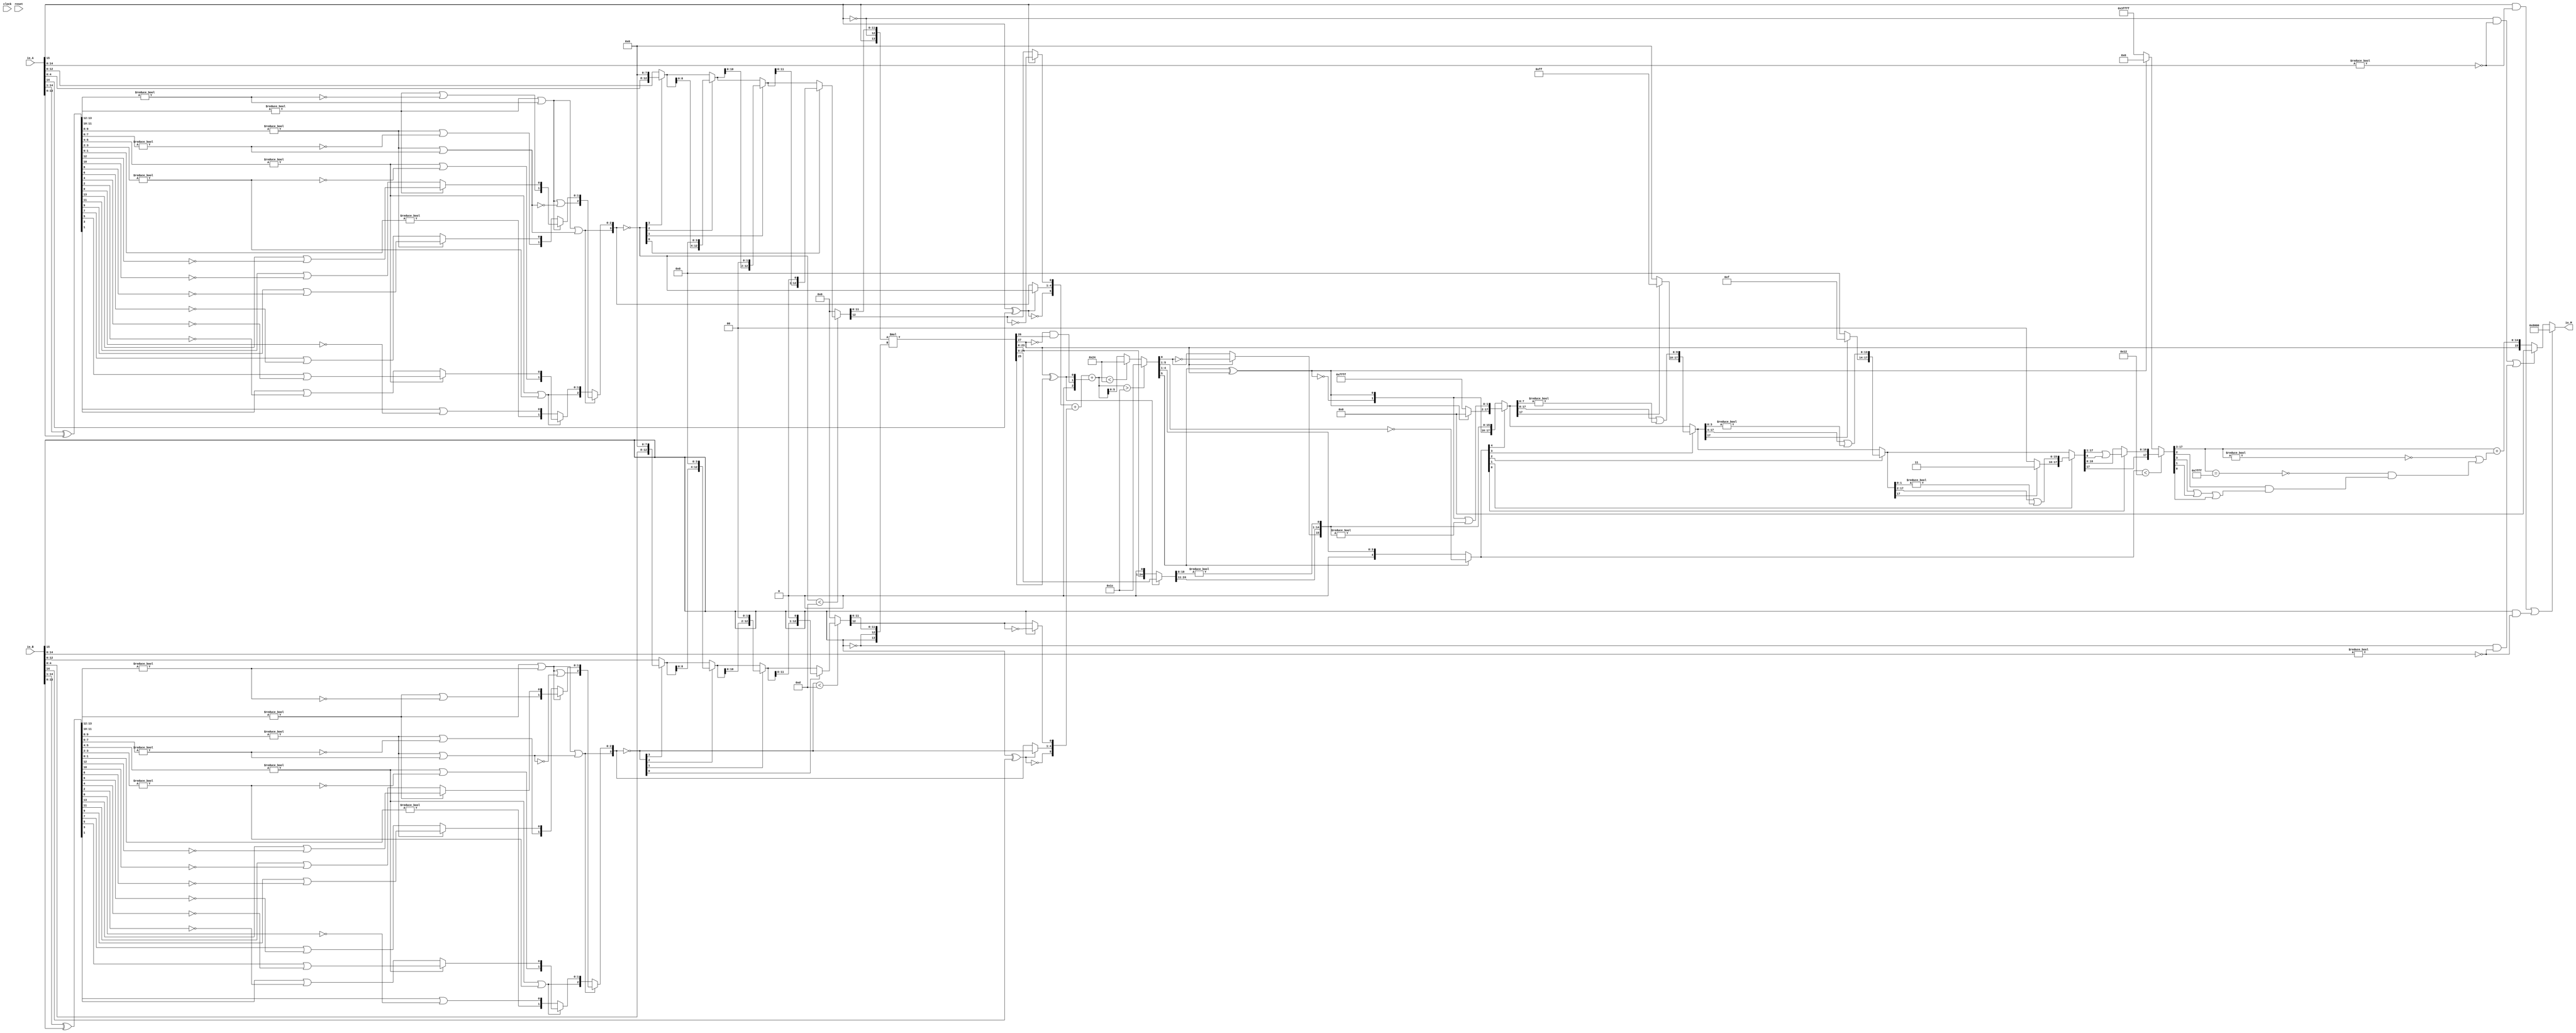
module PositMultiplier16_1(
  input         clock,
  input         reset,
  input  [15:0] io_A,
  input  [15:0] io_B,
  output [15:0] io_M
);
  wire  _T_1; // @[convert.scala 18:24]
  wire  _T_2; // @[convert.scala 18:40]
  wire  _T_3; // @[convert.scala 18:36]
  wire [13:0] _T_4; // @[convert.scala 19:24]
  wire [13:0] _T_5; // @[convert.scala 19:43]
  wire [13:0] _T_6; // @[convert.scala 19:39]
  wire [7:0] _T_7; // @[LZD.scala 43:32]
  wire [3:0] _T_8; // @[LZD.scala 43:32]
  wire [1:0] _T_9; // @[LZD.scala 43:32]
  wire  _T_10; // @[LZD.scala 39:14]
  wire  _T_11; // @[LZD.scala 39:21]
  wire  _T_12; // @[LZD.scala 39:30]
  wire  _T_13; // @[LZD.scala 39:27]
  wire  _T_14; // @[LZD.scala 39:25]
  wire [1:0] _T_15; // @[Cat.scala 29:58]
  wire [1:0] _T_16; // @[LZD.scala 44:32]
  wire  _T_17; // @[LZD.scala 39:14]
  wire  _T_18; // @[LZD.scala 39:21]
  wire  _T_19; // @[LZD.scala 39:30]
  wire  _T_20; // @[LZD.scala 39:27]
  wire  _T_21; // @[LZD.scala 39:25]
  wire [1:0] _T_22; // @[Cat.scala 29:58]
  wire  _T_23; // @[Shift.scala 12:21]
  wire  _T_24; // @[Shift.scala 12:21]
  wire  _T_25; // @[LZD.scala 49:16]
  wire  _T_26; // @[LZD.scala 49:27]
  wire  _T_27; // @[LZD.scala 49:25]
  wire  _T_28; // @[LZD.scala 49:47]
  wire  _T_29; // @[LZD.scala 49:59]
  wire  _T_30; // @[LZD.scala 49:35]
  wire [2:0] _T_32; // @[Cat.scala 29:58]
  wire [3:0] _T_33; // @[LZD.scala 44:32]
  wire [1:0] _T_34; // @[LZD.scala 43:32]
  wire  _T_35; // @[LZD.scala 39:14]
  wire  _T_36; // @[LZD.scala 39:21]
  wire  _T_37; // @[LZD.scala 39:30]
  wire  _T_38; // @[LZD.scala 39:27]
  wire  _T_39; // @[LZD.scala 39:25]
  wire [1:0] _T_40; // @[Cat.scala 29:58]
  wire [1:0] _T_41; // @[LZD.scala 44:32]
  wire  _T_42; // @[LZD.scala 39:14]
  wire  _T_43; // @[LZD.scala 39:21]
  wire  _T_44; // @[LZD.scala 39:30]
  wire  _T_45; // @[LZD.scala 39:27]
  wire  _T_46; // @[LZD.scala 39:25]
  wire [1:0] _T_47; // @[Cat.scala 29:58]
  wire  _T_48; // @[Shift.scala 12:21]
  wire  _T_49; // @[Shift.scala 12:21]
  wire  _T_50; // @[LZD.scala 49:16]
  wire  _T_51; // @[LZD.scala 49:27]
  wire  _T_52; // @[LZD.scala 49:25]
  wire  _T_53; // @[LZD.scala 49:47]
  wire  _T_54; // @[LZD.scala 49:59]
  wire  _T_55; // @[LZD.scala 49:35]
  wire [2:0] _T_57; // @[Cat.scala 29:58]
  wire  _T_58; // @[Shift.scala 12:21]
  wire  _T_59; // @[Shift.scala 12:21]
  wire  _T_60; // @[LZD.scala 49:16]
  wire  _T_61; // @[LZD.scala 49:27]
  wire  _T_62; // @[LZD.scala 49:25]
  wire [1:0] _T_63; // @[LZD.scala 49:47]
  wire [1:0] _T_64; // @[LZD.scala 49:59]
  wire [1:0] _T_65; // @[LZD.scala 49:35]
  wire [3:0] _T_67; // @[Cat.scala 29:58]
  wire [5:0] _T_68; // @[LZD.scala 44:32]
  wire [3:0] _T_69; // @[LZD.scala 43:32]
  wire [1:0] _T_70; // @[LZD.scala 43:32]
  wire  _T_71; // @[LZD.scala 39:14]
  wire  _T_72; // @[LZD.scala 39:21]
  wire  _T_73; // @[LZD.scala 39:30]
  wire  _T_74; // @[LZD.scala 39:27]
  wire  _T_75; // @[LZD.scala 39:25]
  wire [1:0] _T_76; // @[Cat.scala 29:58]
  wire [1:0] _T_77; // @[LZD.scala 44:32]
  wire  _T_78; // @[LZD.scala 39:14]
  wire  _T_79; // @[LZD.scala 39:21]
  wire  _T_80; // @[LZD.scala 39:30]
  wire  _T_81; // @[LZD.scala 39:27]
  wire  _T_82; // @[LZD.scala 39:25]
  wire [1:0] _T_83; // @[Cat.scala 29:58]
  wire  _T_84; // @[Shift.scala 12:21]
  wire  _T_85; // @[Shift.scala 12:21]
  wire  _T_86; // @[LZD.scala 49:16]
  wire  _T_87; // @[LZD.scala 49:27]
  wire  _T_88; // @[LZD.scala 49:25]
  wire  _T_89; // @[LZD.scala 49:47]
  wire  _T_90; // @[LZD.scala 49:59]
  wire  _T_91; // @[LZD.scala 49:35]
  wire [2:0] _T_93; // @[Cat.scala 29:58]
  wire [1:0] _T_94; // @[LZD.scala 44:32]
  wire  _T_95; // @[LZD.scala 39:14]
  wire  _T_96; // @[LZD.scala 39:21]
  wire  _T_97; // @[LZD.scala 39:30]
  wire  _T_98; // @[LZD.scala 39:27]
  wire  _T_99; // @[LZD.scala 39:25]
  wire [1:0] _T_100; // @[Cat.scala 29:58]
  wire  _T_101; // @[Shift.scala 12:21]
  wire [1:0] _T_103; // @[LZD.scala 55:32]
  wire [1:0] _T_104; // @[LZD.scala 55:20]
  wire [2:0] _T_105; // @[Cat.scala 29:58]
  wire  _T_106; // @[Shift.scala 12:21]
  wire [2:0] _T_108; // @[LZD.scala 55:32]
  wire [2:0] _T_109; // @[LZD.scala 55:20]
  wire [3:0] _T_110; // @[Cat.scala 29:58]
  wire [3:0] _T_111; // @[convert.scala 21:22]
  wire [12:0] _T_112; // @[convert.scala 22:36]
  wire  _T_113; // @[Shift.scala 16:24]
  wire  _T_115; // @[Shift.scala 12:21]
  wire [4:0] _T_116; // @[Shift.scala 64:52]
  wire [12:0] _T_118; // @[Cat.scala 29:58]
  wire [12:0] _T_119; // @[Shift.scala 64:27]
  wire [2:0] _T_120; // @[Shift.scala 66:70]
  wire  _T_121; // @[Shift.scala 12:21]
  wire [8:0] _T_122; // @[Shift.scala 64:52]
  wire [12:0] _T_124; // @[Cat.scala 29:58]
  wire [12:0] _T_125; // @[Shift.scala 64:27]
  wire [1:0] _T_126; // @[Shift.scala 66:70]
  wire  _T_127; // @[Shift.scala 12:21]
  wire [10:0] _T_128; // @[Shift.scala 64:52]
  wire [12:0] _T_130; // @[Cat.scala 29:58]
  wire [12:0] _T_131; // @[Shift.scala 64:27]
  wire  _T_132; // @[Shift.scala 66:70]
  wire [11:0] _T_134; // @[Shift.scala 64:52]
  wire [12:0] _T_135; // @[Cat.scala 29:58]
  wire [12:0] _T_136; // @[Shift.scala 64:27]
  wire [12:0] _T_137; // @[Shift.scala 16:10]
  wire  _T_138; // @[convert.scala 23:34]
  wire [11:0] decA_fraction; // @[convert.scala 24:34]
  wire  _T_140; // @[convert.scala 25:26]
  wire [3:0] _T_142; // @[convert.scala 25:42]
  wire  _T_145; // @[convert.scala 26:67]
  wire  _T_146; // @[convert.scala 26:51]
  wire [5:0] _T_147; // @[Cat.scala 29:58]
  wire [14:0] _T_149; // @[convert.scala 29:56]
  wire  _T_150; // @[convert.scala 29:60]
  wire  _T_151; // @[convert.scala 29:41]
  wire  decA_isNaR; // @[convert.scala 29:39]
  wire  _T_154; // @[convert.scala 30:19]
  wire  decA_isZero; // @[convert.scala 30:41]
  wire [5:0] decA_scale; // @[convert.scala 32:24]
  wire  _T_163; // @[convert.scala 18:24]
  wire  _T_164; // @[convert.scala 18:40]
  wire  _T_165; // @[convert.scala 18:36]
  wire [13:0] _T_166; // @[convert.scala 19:24]
  wire [13:0] _T_167; // @[convert.scala 19:43]
  wire [13:0] _T_168; // @[convert.scala 19:39]
  wire [7:0] _T_169; // @[LZD.scala 43:32]
  wire [3:0] _T_170; // @[LZD.scala 43:32]
  wire [1:0] _T_171; // @[LZD.scala 43:32]
  wire  _T_172; // @[LZD.scala 39:14]
  wire  _T_173; // @[LZD.scala 39:21]
  wire  _T_174; // @[LZD.scala 39:30]
  wire  _T_175; // @[LZD.scala 39:27]
  wire  _T_176; // @[LZD.scala 39:25]
  wire [1:0] _T_177; // @[Cat.scala 29:58]
  wire [1:0] _T_178; // @[LZD.scala 44:32]
  wire  _T_179; // @[LZD.scala 39:14]
  wire  _T_180; // @[LZD.scala 39:21]
  wire  _T_181; // @[LZD.scala 39:30]
  wire  _T_182; // @[LZD.scala 39:27]
  wire  _T_183; // @[LZD.scala 39:25]
  wire [1:0] _T_184; // @[Cat.scala 29:58]
  wire  _T_185; // @[Shift.scala 12:21]
  wire  _T_186; // @[Shift.scala 12:21]
  wire  _T_187; // @[LZD.scala 49:16]
  wire  _T_188; // @[LZD.scala 49:27]
  wire  _T_189; // @[LZD.scala 49:25]
  wire  _T_190; // @[LZD.scala 49:47]
  wire  _T_191; // @[LZD.scala 49:59]
  wire  _T_192; // @[LZD.scala 49:35]
  wire [2:0] _T_194; // @[Cat.scala 29:58]
  wire [3:0] _T_195; // @[LZD.scala 44:32]
  wire [1:0] _T_196; // @[LZD.scala 43:32]
  wire  _T_197; // @[LZD.scala 39:14]
  wire  _T_198; // @[LZD.scala 39:21]
  wire  _T_199; // @[LZD.scala 39:30]
  wire  _T_200; // @[LZD.scala 39:27]
  wire  _T_201; // @[LZD.scala 39:25]
  wire [1:0] _T_202; // @[Cat.scala 29:58]
  wire [1:0] _T_203; // @[LZD.scala 44:32]
  wire  _T_204; // @[LZD.scala 39:14]
  wire  _T_205; // @[LZD.scala 39:21]
  wire  _T_206; // @[LZD.scala 39:30]
  wire  _T_207; // @[LZD.scala 39:27]
  wire  _T_208; // @[LZD.scala 39:25]
  wire [1:0] _T_209; // @[Cat.scala 29:58]
  wire  _T_210; // @[Shift.scala 12:21]
  wire  _T_211; // @[Shift.scala 12:21]
  wire  _T_212; // @[LZD.scala 49:16]
  wire  _T_213; // @[LZD.scala 49:27]
  wire  _T_214; // @[LZD.scala 49:25]
  wire  _T_215; // @[LZD.scala 49:47]
  wire  _T_216; // @[LZD.scala 49:59]
  wire  _T_217; // @[LZD.scala 49:35]
  wire [2:0] _T_219; // @[Cat.scala 29:58]
  wire  _T_220; // @[Shift.scala 12:21]
  wire  _T_221; // @[Shift.scala 12:21]
  wire  _T_222; // @[LZD.scala 49:16]
  wire  _T_223; // @[LZD.scala 49:27]
  wire  _T_224; // @[LZD.scala 49:25]
  wire [1:0] _T_225; // @[LZD.scala 49:47]
  wire [1:0] _T_226; // @[LZD.scala 49:59]
  wire [1:0] _T_227; // @[LZD.scala 49:35]
  wire [3:0] _T_229; // @[Cat.scala 29:58]
  wire [5:0] _T_230; // @[LZD.scala 44:32]
  wire [3:0] _T_231; // @[LZD.scala 43:32]
  wire [1:0] _T_232; // @[LZD.scala 43:32]
  wire  _T_233; // @[LZD.scala 39:14]
  wire  _T_234; // @[LZD.scala 39:21]
  wire  _T_235; // @[LZD.scala 39:30]
  wire  _T_236; // @[LZD.scala 39:27]
  wire  _T_237; // @[LZD.scala 39:25]
  wire [1:0] _T_238; // @[Cat.scala 29:58]
  wire [1:0] _T_239; // @[LZD.scala 44:32]
  wire  _T_240; // @[LZD.scala 39:14]
  wire  _T_241; // @[LZD.scala 39:21]
  wire  _T_242; // @[LZD.scala 39:30]
  wire  _T_243; // @[LZD.scala 39:27]
  wire  _T_244; // @[LZD.scala 39:25]
  wire [1:0] _T_245; // @[Cat.scala 29:58]
  wire  _T_246; // @[Shift.scala 12:21]
  wire  _T_247; // @[Shift.scala 12:21]
  wire  _T_248; // @[LZD.scala 49:16]
  wire  _T_249; // @[LZD.scala 49:27]
  wire  _T_250; // @[LZD.scala 49:25]
  wire  _T_251; // @[LZD.scala 49:47]
  wire  _T_252; // @[LZD.scala 49:59]
  wire  _T_253; // @[LZD.scala 49:35]
  wire [2:0] _T_255; // @[Cat.scala 29:58]
  wire [1:0] _T_256; // @[LZD.scala 44:32]
  wire  _T_257; // @[LZD.scala 39:14]
  wire  _T_258; // @[LZD.scala 39:21]
  wire  _T_259; // @[LZD.scala 39:30]
  wire  _T_260; // @[LZD.scala 39:27]
  wire  _T_261; // @[LZD.scala 39:25]
  wire [1:0] _T_262; // @[Cat.scala 29:58]
  wire  _T_263; // @[Shift.scala 12:21]
  wire [1:0] _T_265; // @[LZD.scala 55:32]
  wire [1:0] _T_266; // @[LZD.scala 55:20]
  wire [2:0] _T_267; // @[Cat.scala 29:58]
  wire  _T_268; // @[Shift.scala 12:21]
  wire [2:0] _T_270; // @[LZD.scala 55:32]
  wire [2:0] _T_271; // @[LZD.scala 55:20]
  wire [3:0] _T_272; // @[Cat.scala 29:58]
  wire [3:0] _T_273; // @[convert.scala 21:22]
  wire [12:0] _T_274; // @[convert.scala 22:36]
  wire  _T_275; // @[Shift.scala 16:24]
  wire  _T_277; // @[Shift.scala 12:21]
  wire [4:0] _T_278; // @[Shift.scala 64:52]
  wire [12:0] _T_280; // @[Cat.scala 29:58]
  wire [12:0] _T_281; // @[Shift.scala 64:27]
  wire [2:0] _T_282; // @[Shift.scala 66:70]
  wire  _T_283; // @[Shift.scala 12:21]
  wire [8:0] _T_284; // @[Shift.scala 64:52]
  wire [12:0] _T_286; // @[Cat.scala 29:58]
  wire [12:0] _T_287; // @[Shift.scala 64:27]
  wire [1:0] _T_288; // @[Shift.scala 66:70]
  wire  _T_289; // @[Shift.scala 12:21]
  wire [10:0] _T_290; // @[Shift.scala 64:52]
  wire [12:0] _T_292; // @[Cat.scala 29:58]
  wire [12:0] _T_293; // @[Shift.scala 64:27]
  wire  _T_294; // @[Shift.scala 66:70]
  wire [11:0] _T_296; // @[Shift.scala 64:52]
  wire [12:0] _T_297; // @[Cat.scala 29:58]
  wire [12:0] _T_298; // @[Shift.scala 64:27]
  wire [12:0] _T_299; // @[Shift.scala 16:10]
  wire  _T_300; // @[convert.scala 23:34]
  wire [11:0] decB_fraction; // @[convert.scala 24:34]
  wire  _T_302; // @[convert.scala 25:26]
  wire [3:0] _T_304; // @[convert.scala 25:42]
  wire  _T_307; // @[convert.scala 26:67]
  wire  _T_308; // @[convert.scala 26:51]
  wire [5:0] _T_309; // @[Cat.scala 29:58]
  wire [14:0] _T_311; // @[convert.scala 29:56]
  wire  _T_312; // @[convert.scala 29:60]
  wire  _T_313; // @[convert.scala 29:41]
  wire  decB_isNaR; // @[convert.scala 29:39]
  wire  _T_316; // @[convert.scala 30:19]
  wire  decB_isZero; // @[convert.scala 30:41]
  wire [5:0] decB_scale; // @[convert.scala 32:24]
  wire  _T_324; // @[PositMultiplier.scala 43:34]
  wire [13:0] _T_326; // @[Cat.scala 29:58]
  wire [13:0] sigA; // @[PositMultiplier.scala 43:61]
  wire  _T_327; // @[PositMultiplier.scala 44:34]
  wire [13:0] _T_329; // @[Cat.scala 29:58]
  wire [13:0] sigB; // @[PositMultiplier.scala 44:61]
  wire [27:0] _T_330; // @[PositMultiplier.scala 45:25]
  wire [27:0] sigP; // @[PositMultiplier.scala 45:33]
  wire [1:0] head2; // @[PositMultiplier.scala 46:28]
  wire  _T_331; // @[PositMultiplier.scala 47:31]
  wire  _T_332; // @[PositMultiplier.scala 47:25]
  wire  _T_333; // @[PositMultiplier.scala 47:42]
  wire  addTwo; // @[PositMultiplier.scala 47:35]
  wire  _T_334; // @[PositMultiplier.scala 49:23]
  wire  _T_335; // @[PositMultiplier.scala 49:49]
  wire  addOne; // @[PositMultiplier.scala 49:43]
  wire [1:0] _T_336; // @[Cat.scala 29:58]
  wire [2:0] expBias; // @[PositMultiplier.scala 50:39]
  wire [24:0] _T_337; // @[PositMultiplier.scala 53:81]
  wire [23:0] _T_338; // @[PositMultiplier.scala 54:81]
  wire [24:0] _T_339; // @[PositMultiplier.scala 54:104]
  wire [24:0] frac; // @[PositMultiplier.scala 51:22]
  wire [6:0] _T_340; // @[PositMultiplier.scala 56:30]
  wire [6:0] _GEN_0; // @[PositMultiplier.scala 56:44]
  wire [6:0] _T_342; // @[PositMultiplier.scala 56:44]
  wire [6:0] mulScale; // @[PositMultiplier.scala 56:44]
  wire  underflow; // @[PositMultiplier.scala 57:28]
  wire  overflow; // @[PositMultiplier.scala 58:28]
  wire  decM_sign; // @[PositMultiplier.scala 62:29]
  wire [6:0] _T_345; // @[Mux.scala 87:16]
  wire [6:0] _T_346; // @[Mux.scala 87:16]
  wire [11:0] decM_fraction; // @[PositMultiplier.scala 70:29]
  wire  decM_isNaR; // @[PositMultiplier.scala 71:31]
  wire  decM_isZero; // @[PositMultiplier.scala 72:32]
  wire [12:0] grsTmp; // @[PositMultiplier.scala 75:30]
  wire [1:0] _T_350; // @[PositMultiplier.scala 78:32]
  wire [10:0] _T_351; // @[PositMultiplier.scala 78:48]
  wire  _T_352; // @[PositMultiplier.scala 78:52]
  wire [5:0] _GEN_1; // @[PositMultiplier.scala 60:23 PositMultiplier.scala 63:17]
  wire [5:0] decM_scale; // @[PositMultiplier.scala 60:23 PositMultiplier.scala 63:17]
  wire  _T_355; // @[convert.scala 46:61]
  wire  _T_356; // @[convert.scala 46:52]
  wire  _T_358; // @[convert.scala 46:42]
  wire [4:0] _T_359; // @[convert.scala 48:34]
  wire  _T_360; // @[convert.scala 49:36]
  wire [4:0] _T_362; // @[convert.scala 50:36]
  wire [4:0] _T_363; // @[convert.scala 50:36]
  wire [4:0] _T_364; // @[convert.scala 50:28]
  wire  _T_365; // @[convert.scala 51:31]
  wire  _T_366; // @[convert.scala 52:43]
  wire [17:0] _T_370; // @[Cat.scala 29:58]
  wire [4:0] _T_371; // @[Shift.scala 39:17]
  wire  _T_372; // @[Shift.scala 39:24]
  wire [1:0] _T_374; // @[Shift.scala 90:30]
  wire [15:0] _T_375; // @[Shift.scala 90:48]
  wire  _T_376; // @[Shift.scala 90:57]
  wire [1:0] _GEN_2; // @[Shift.scala 90:39]
  wire [1:0] _T_377; // @[Shift.scala 90:39]
  wire  _T_378; // @[Shift.scala 12:21]
  wire  _T_379; // @[Shift.scala 12:21]
  wire [15:0] _T_381; // @[Bitwise.scala 71:12]
  wire [17:0] _T_382; // @[Cat.scala 29:58]
  wire [17:0] _T_383; // @[Shift.scala 91:22]
  wire [3:0] _T_384; // @[Shift.scala 92:77]
  wire [9:0] _T_385; // @[Shift.scala 90:30]
  wire [7:0] _T_386; // @[Shift.scala 90:48]
  wire  _T_387; // @[Shift.scala 90:57]
  wire [9:0] _GEN_3; // @[Shift.scala 90:39]
  wire [9:0] _T_388; // @[Shift.scala 90:39]
  wire  _T_389; // @[Shift.scala 12:21]
  wire  _T_390; // @[Shift.scala 12:21]
  wire [7:0] _T_392; // @[Bitwise.scala 71:12]
  wire [17:0] _T_393; // @[Cat.scala 29:58]
  wire [17:0] _T_394; // @[Shift.scala 91:22]
  wire [2:0] _T_395; // @[Shift.scala 92:77]
  wire [13:0] _T_396; // @[Shift.scala 90:30]
  wire [3:0] _T_397; // @[Shift.scala 90:48]
  wire  _T_398; // @[Shift.scala 90:57]
  wire [13:0] _GEN_4; // @[Shift.scala 90:39]
  wire [13:0] _T_399; // @[Shift.scala 90:39]
  wire  _T_400; // @[Shift.scala 12:21]
  wire  _T_401; // @[Shift.scala 12:21]
  wire [3:0] _T_403; // @[Bitwise.scala 71:12]
  wire [17:0] _T_404; // @[Cat.scala 29:58]
  wire [17:0] _T_405; // @[Shift.scala 91:22]
  wire [1:0] _T_406; // @[Shift.scala 92:77]
  wire [15:0] _T_407; // @[Shift.scala 90:30]
  wire [1:0] _T_408; // @[Shift.scala 90:48]
  wire  _T_409; // @[Shift.scala 90:57]
  wire [15:0] _GEN_5; // @[Shift.scala 90:39]
  wire [15:0] _T_410; // @[Shift.scala 90:39]
  wire  _T_411; // @[Shift.scala 12:21]
  wire  _T_412; // @[Shift.scala 12:21]
  wire [1:0] _T_414; // @[Bitwise.scala 71:12]
  wire [17:0] _T_415; // @[Cat.scala 29:58]
  wire [17:0] _T_416; // @[Shift.scala 91:22]
  wire  _T_417; // @[Shift.scala 92:77]
  wire [16:0] _T_418; // @[Shift.scala 90:30]
  wire  _T_419; // @[Shift.scala 90:48]
  wire [16:0] _GEN_6; // @[Shift.scala 90:39]
  wire [16:0] _T_421; // @[Shift.scala 90:39]
  wire  _T_423; // @[Shift.scala 12:21]
  wire [17:0] _T_424; // @[Cat.scala 29:58]
  wire [17:0] _T_425; // @[Shift.scala 91:22]
  wire [17:0] _T_428; // @[Bitwise.scala 71:12]
  wire [17:0] _T_429; // @[Shift.scala 39:10]
  wire  _T_430; // @[convert.scala 55:31]
  wire  _T_431; // @[convert.scala 56:31]
  wire  _T_432; // @[convert.scala 57:31]
  wire  _T_433; // @[convert.scala 58:31]
  wire [14:0] _T_434; // @[convert.scala 59:69]
  wire  _T_435; // @[convert.scala 59:81]
  wire  _T_436; // @[convert.scala 59:50]
  wire  _T_438; // @[convert.scala 60:81]
  wire  _T_439; // @[convert.scala 61:44]
  wire  _T_440; // @[convert.scala 61:52]
  wire  _T_441; // @[convert.scala 61:36]
  wire  _T_442; // @[convert.scala 62:63]
  wire  _T_443; // @[convert.scala 62:103]
  wire  _T_444; // @[convert.scala 62:60]
  wire [14:0] _GEN_7; // @[convert.scala 63:56]
  wire [14:0] _T_447; // @[convert.scala 63:56]
  wire [15:0] _T_448; // @[Cat.scala 29:58]
  wire [15:0] _T_450; // @[Mux.scala 87:16]
  assign _T_1 = io_A[15]; // @[convert.scala 18:24]
  assign _T_2 = io_A[14]; // @[convert.scala 18:40]
  assign _T_3 = _T_1 ^ _T_2; // @[convert.scala 18:36]
  assign _T_4 = io_A[14:1]; // @[convert.scala 19:24]
  assign _T_5 = io_A[13:0]; // @[convert.scala 19:43]
  assign _T_6 = _T_4 ^ _T_5; // @[convert.scala 19:39]
  assign _T_7 = _T_6[13:6]; // @[LZD.scala 43:32]
  assign _T_8 = _T_7[7:4]; // @[LZD.scala 43:32]
  assign _T_9 = _T_8[3:2]; // @[LZD.scala 43:32]
  assign _T_10 = _T_9 != 2'h0; // @[LZD.scala 39:14]
  assign _T_11 = _T_9[1]; // @[LZD.scala 39:21]
  assign _T_12 = _T_9[0]; // @[LZD.scala 39:30]
  assign _T_13 = ~ _T_12; // @[LZD.scala 39:27]
  assign _T_14 = _T_11 | _T_13; // @[LZD.scala 39:25]
  assign _T_15 = {_T_10,_T_14}; // @[Cat.scala 29:58]
  assign _T_16 = _T_8[1:0]; // @[LZD.scala 44:32]
  assign _T_17 = _T_16 != 2'h0; // @[LZD.scala 39:14]
  assign _T_18 = _T_16[1]; // @[LZD.scala 39:21]
  assign _T_19 = _T_16[0]; // @[LZD.scala 39:30]
  assign _T_20 = ~ _T_19; // @[LZD.scala 39:27]
  assign _T_21 = _T_18 | _T_20; // @[LZD.scala 39:25]
  assign _T_22 = {_T_17,_T_21}; // @[Cat.scala 29:58]
  assign _T_23 = _T_15[1]; // @[Shift.scala 12:21]
  assign _T_24 = _T_22[1]; // @[Shift.scala 12:21]
  assign _T_25 = _T_23 | _T_24; // @[LZD.scala 49:16]
  assign _T_26 = ~ _T_24; // @[LZD.scala 49:27]
  assign _T_27 = _T_23 | _T_26; // @[LZD.scala 49:25]
  assign _T_28 = _T_15[0:0]; // @[LZD.scala 49:47]
  assign _T_29 = _T_22[0:0]; // @[LZD.scala 49:59]
  assign _T_30 = _T_23 ? _T_28 : _T_29; // @[LZD.scala 49:35]
  assign _T_32 = {_T_25,_T_27,_T_30}; // @[Cat.scala 29:58]
  assign _T_33 = _T_7[3:0]; // @[LZD.scala 44:32]
  assign _T_34 = _T_33[3:2]; // @[LZD.scala 43:32]
  assign _T_35 = _T_34 != 2'h0; // @[LZD.scala 39:14]
  assign _T_36 = _T_34[1]; // @[LZD.scala 39:21]
  assign _T_37 = _T_34[0]; // @[LZD.scala 39:30]
  assign _T_38 = ~ _T_37; // @[LZD.scala 39:27]
  assign _T_39 = _T_36 | _T_38; // @[LZD.scala 39:25]
  assign _T_40 = {_T_35,_T_39}; // @[Cat.scala 29:58]
  assign _T_41 = _T_33[1:0]; // @[LZD.scala 44:32]
  assign _T_42 = _T_41 != 2'h0; // @[LZD.scala 39:14]
  assign _T_43 = _T_41[1]; // @[LZD.scala 39:21]
  assign _T_44 = _T_41[0]; // @[LZD.scala 39:30]
  assign _T_45 = ~ _T_44; // @[LZD.scala 39:27]
  assign _T_46 = _T_43 | _T_45; // @[LZD.scala 39:25]
  assign _T_47 = {_T_42,_T_46}; // @[Cat.scala 29:58]
  assign _T_48 = _T_40[1]; // @[Shift.scala 12:21]
  assign _T_49 = _T_47[1]; // @[Shift.scala 12:21]
  assign _T_50 = _T_48 | _T_49; // @[LZD.scala 49:16]
  assign _T_51 = ~ _T_49; // @[LZD.scala 49:27]
  assign _T_52 = _T_48 | _T_51; // @[LZD.scala 49:25]
  assign _T_53 = _T_40[0:0]; // @[LZD.scala 49:47]
  assign _T_54 = _T_47[0:0]; // @[LZD.scala 49:59]
  assign _T_55 = _T_48 ? _T_53 : _T_54; // @[LZD.scala 49:35]
  assign _T_57 = {_T_50,_T_52,_T_55}; // @[Cat.scala 29:58]
  assign _T_58 = _T_32[2]; // @[Shift.scala 12:21]
  assign _T_59 = _T_57[2]; // @[Shift.scala 12:21]
  assign _T_60 = _T_58 | _T_59; // @[LZD.scala 49:16]
  assign _T_61 = ~ _T_59; // @[LZD.scala 49:27]
  assign _T_62 = _T_58 | _T_61; // @[LZD.scala 49:25]
  assign _T_63 = _T_32[1:0]; // @[LZD.scala 49:47]
  assign _T_64 = _T_57[1:0]; // @[LZD.scala 49:59]
  assign _T_65 = _T_58 ? _T_63 : _T_64; // @[LZD.scala 49:35]
  assign _T_67 = {_T_60,_T_62,_T_65}; // @[Cat.scala 29:58]
  assign _T_68 = _T_6[5:0]; // @[LZD.scala 44:32]
  assign _T_69 = _T_68[5:2]; // @[LZD.scala 43:32]
  assign _T_70 = _T_69[3:2]; // @[LZD.scala 43:32]
  assign _T_71 = _T_70 != 2'h0; // @[LZD.scala 39:14]
  assign _T_72 = _T_70[1]; // @[LZD.scala 39:21]
  assign _T_73 = _T_70[0]; // @[LZD.scala 39:30]
  assign _T_74 = ~ _T_73; // @[LZD.scala 39:27]
  assign _T_75 = _T_72 | _T_74; // @[LZD.scala 39:25]
  assign _T_76 = {_T_71,_T_75}; // @[Cat.scala 29:58]
  assign _T_77 = _T_69[1:0]; // @[LZD.scala 44:32]
  assign _T_78 = _T_77 != 2'h0; // @[LZD.scala 39:14]
  assign _T_79 = _T_77[1]; // @[LZD.scala 39:21]
  assign _T_80 = _T_77[0]; // @[LZD.scala 39:30]
  assign _T_81 = ~ _T_80; // @[LZD.scala 39:27]
  assign _T_82 = _T_79 | _T_81; // @[LZD.scala 39:25]
  assign _T_83 = {_T_78,_T_82}; // @[Cat.scala 29:58]
  assign _T_84 = _T_76[1]; // @[Shift.scala 12:21]
  assign _T_85 = _T_83[1]; // @[Shift.scala 12:21]
  assign _T_86 = _T_84 | _T_85; // @[LZD.scala 49:16]
  assign _T_87 = ~ _T_85; // @[LZD.scala 49:27]
  assign _T_88 = _T_84 | _T_87; // @[LZD.scala 49:25]
  assign _T_89 = _T_76[0:0]; // @[LZD.scala 49:47]
  assign _T_90 = _T_83[0:0]; // @[LZD.scala 49:59]
  assign _T_91 = _T_84 ? _T_89 : _T_90; // @[LZD.scala 49:35]
  assign _T_93 = {_T_86,_T_88,_T_91}; // @[Cat.scala 29:58]
  assign _T_94 = _T_68[1:0]; // @[LZD.scala 44:32]
  assign _T_95 = _T_94 != 2'h0; // @[LZD.scala 39:14]
  assign _T_96 = _T_94[1]; // @[LZD.scala 39:21]
  assign _T_97 = _T_94[0]; // @[LZD.scala 39:30]
  assign _T_98 = ~ _T_97; // @[LZD.scala 39:27]
  assign _T_99 = _T_96 | _T_98; // @[LZD.scala 39:25]
  assign _T_100 = {_T_95,_T_99}; // @[Cat.scala 29:58]
  assign _T_101 = _T_93[2]; // @[Shift.scala 12:21]
  assign _T_103 = _T_93[1:0]; // @[LZD.scala 55:32]
  assign _T_104 = _T_101 ? _T_103 : _T_100; // @[LZD.scala 55:20]
  assign _T_105 = {_T_101,_T_104}; // @[Cat.scala 29:58]
  assign _T_106 = _T_67[3]; // @[Shift.scala 12:21]
  assign _T_108 = _T_67[2:0]; // @[LZD.scala 55:32]
  assign _T_109 = _T_106 ? _T_108 : _T_105; // @[LZD.scala 55:20]
  assign _T_110 = {_T_106,_T_109}; // @[Cat.scala 29:58]
  assign _T_111 = ~ _T_110; // @[convert.scala 21:22]
  assign _T_112 = io_A[12:0]; // @[convert.scala 22:36]
  assign _T_113 = _T_111 < 4'hd; // @[Shift.scala 16:24]
  assign _T_115 = _T_111[3]; // @[Shift.scala 12:21]
  assign _T_116 = _T_112[4:0]; // @[Shift.scala 64:52]
  assign _T_118 = {_T_116,8'h0}; // @[Cat.scala 29:58]
  assign _T_119 = _T_115 ? _T_118 : _T_112; // @[Shift.scala 64:27]
  assign _T_120 = _T_111[2:0]; // @[Shift.scala 66:70]
  assign _T_121 = _T_120[2]; // @[Shift.scala 12:21]
  assign _T_122 = _T_119[8:0]; // @[Shift.scala 64:52]
  assign _T_124 = {_T_122,4'h0}; // @[Cat.scala 29:58]
  assign _T_125 = _T_121 ? _T_124 : _T_119; // @[Shift.scala 64:27]
  assign _T_126 = _T_120[1:0]; // @[Shift.scala 66:70]
  assign _T_127 = _T_126[1]; // @[Shift.scala 12:21]
  assign _T_128 = _T_125[10:0]; // @[Shift.scala 64:52]
  assign _T_130 = {_T_128,2'h0}; // @[Cat.scala 29:58]
  assign _T_131 = _T_127 ? _T_130 : _T_125; // @[Shift.scala 64:27]
  assign _T_132 = _T_126[0:0]; // @[Shift.scala 66:70]
  assign _T_134 = _T_131[11:0]; // @[Shift.scala 64:52]
  assign _T_135 = {_T_134,1'h0}; // @[Cat.scala 29:58]
  assign _T_136 = _T_132 ? _T_135 : _T_131; // @[Shift.scala 64:27]
  assign _T_137 = _T_113 ? _T_136 : 13'h0; // @[Shift.scala 16:10]
  assign _T_138 = _T_137[12:12]; // @[convert.scala 23:34]
  assign decA_fraction = _T_137[11:0]; // @[convert.scala 24:34]
  assign _T_140 = _T_3 == 1'h0; // @[convert.scala 25:26]
  assign _T_142 = _T_3 ? _T_111 : _T_110; // @[convert.scala 25:42]
  assign _T_145 = ~ _T_138; // @[convert.scala 26:67]
  assign _T_146 = _T_1 ? _T_145 : _T_138; // @[convert.scala 26:51]
  assign _T_147 = {_T_140,_T_142,_T_146}; // @[Cat.scala 29:58]
  assign _T_149 = io_A[14:0]; // @[convert.scala 29:56]
  assign _T_150 = _T_149 != 15'h0; // @[convert.scala 29:60]
  assign _T_151 = ~ _T_150; // @[convert.scala 29:41]
  assign decA_isNaR = _T_1 & _T_151; // @[convert.scala 29:39]
  assign _T_154 = _T_1 == 1'h0; // @[convert.scala 30:19]
  assign decA_isZero = _T_154 & _T_151; // @[convert.scala 30:41]
  assign decA_scale = $signed(_T_147); // @[convert.scala 32:24]
  assign _T_163 = io_B[15]; // @[convert.scala 18:24]
  assign _T_164 = io_B[14]; // @[convert.scala 18:40]
  assign _T_165 = _T_163 ^ _T_164; // @[convert.scala 18:36]
  assign _T_166 = io_B[14:1]; // @[convert.scala 19:24]
  assign _T_167 = io_B[13:0]; // @[convert.scala 19:43]
  assign _T_168 = _T_166 ^ _T_167; // @[convert.scala 19:39]
  assign _T_169 = _T_168[13:6]; // @[LZD.scala 43:32]
  assign _T_170 = _T_169[7:4]; // @[LZD.scala 43:32]
  assign _T_171 = _T_170[3:2]; // @[LZD.scala 43:32]
  assign _T_172 = _T_171 != 2'h0; // @[LZD.scala 39:14]
  assign _T_173 = _T_171[1]; // @[LZD.scala 39:21]
  assign _T_174 = _T_171[0]; // @[LZD.scala 39:30]
  assign _T_175 = ~ _T_174; // @[LZD.scala 39:27]
  assign _T_176 = _T_173 | _T_175; // @[LZD.scala 39:25]
  assign _T_177 = {_T_172,_T_176}; // @[Cat.scala 29:58]
  assign _T_178 = _T_170[1:0]; // @[LZD.scala 44:32]
  assign _T_179 = _T_178 != 2'h0; // @[LZD.scala 39:14]
  assign _T_180 = _T_178[1]; // @[LZD.scala 39:21]
  assign _T_181 = _T_178[0]; // @[LZD.scala 39:30]
  assign _T_182 = ~ _T_181; // @[LZD.scala 39:27]
  assign _T_183 = _T_180 | _T_182; // @[LZD.scala 39:25]
  assign _T_184 = {_T_179,_T_183}; // @[Cat.scala 29:58]
  assign _T_185 = _T_177[1]; // @[Shift.scala 12:21]
  assign _T_186 = _T_184[1]; // @[Shift.scala 12:21]
  assign _T_187 = _T_185 | _T_186; // @[LZD.scala 49:16]
  assign _T_188 = ~ _T_186; // @[LZD.scala 49:27]
  assign _T_189 = _T_185 | _T_188; // @[LZD.scala 49:25]
  assign _T_190 = _T_177[0:0]; // @[LZD.scala 49:47]
  assign _T_191 = _T_184[0:0]; // @[LZD.scala 49:59]
  assign _T_192 = _T_185 ? _T_190 : _T_191; // @[LZD.scala 49:35]
  assign _T_194 = {_T_187,_T_189,_T_192}; // @[Cat.scala 29:58]
  assign _T_195 = _T_169[3:0]; // @[LZD.scala 44:32]
  assign _T_196 = _T_195[3:2]; // @[LZD.scala 43:32]
  assign _T_197 = _T_196 != 2'h0; // @[LZD.scala 39:14]
  assign _T_198 = _T_196[1]; // @[LZD.scala 39:21]
  assign _T_199 = _T_196[0]; // @[LZD.scala 39:30]
  assign _T_200 = ~ _T_199; // @[LZD.scala 39:27]
  assign _T_201 = _T_198 | _T_200; // @[LZD.scala 39:25]
  assign _T_202 = {_T_197,_T_201}; // @[Cat.scala 29:58]
  assign _T_203 = _T_195[1:0]; // @[LZD.scala 44:32]
  assign _T_204 = _T_203 != 2'h0; // @[LZD.scala 39:14]
  assign _T_205 = _T_203[1]; // @[LZD.scala 39:21]
  assign _T_206 = _T_203[0]; // @[LZD.scala 39:30]
  assign _T_207 = ~ _T_206; // @[LZD.scala 39:27]
  assign _T_208 = _T_205 | _T_207; // @[LZD.scala 39:25]
  assign _T_209 = {_T_204,_T_208}; // @[Cat.scala 29:58]
  assign _T_210 = _T_202[1]; // @[Shift.scala 12:21]
  assign _T_211 = _T_209[1]; // @[Shift.scala 12:21]
  assign _T_212 = _T_210 | _T_211; // @[LZD.scala 49:16]
  assign _T_213 = ~ _T_211; // @[LZD.scala 49:27]
  assign _T_214 = _T_210 | _T_213; // @[LZD.scala 49:25]
  assign _T_215 = _T_202[0:0]; // @[LZD.scala 49:47]
  assign _T_216 = _T_209[0:0]; // @[LZD.scala 49:59]
  assign _T_217 = _T_210 ? _T_215 : _T_216; // @[LZD.scala 49:35]
  assign _T_219 = {_T_212,_T_214,_T_217}; // @[Cat.scala 29:58]
  assign _T_220 = _T_194[2]; // @[Shift.scala 12:21]
  assign _T_221 = _T_219[2]; // @[Shift.scala 12:21]
  assign _T_222 = _T_220 | _T_221; // @[LZD.scala 49:16]
  assign _T_223 = ~ _T_221; // @[LZD.scala 49:27]
  assign _T_224 = _T_220 | _T_223; // @[LZD.scala 49:25]
  assign _T_225 = _T_194[1:0]; // @[LZD.scala 49:47]
  assign _T_226 = _T_219[1:0]; // @[LZD.scala 49:59]
  assign _T_227 = _T_220 ? _T_225 : _T_226; // @[LZD.scala 49:35]
  assign _T_229 = {_T_222,_T_224,_T_227}; // @[Cat.scala 29:58]
  assign _T_230 = _T_168[5:0]; // @[LZD.scala 44:32]
  assign _T_231 = _T_230[5:2]; // @[LZD.scala 43:32]
  assign _T_232 = _T_231[3:2]; // @[LZD.scala 43:32]
  assign _T_233 = _T_232 != 2'h0; // @[LZD.scala 39:14]
  assign _T_234 = _T_232[1]; // @[LZD.scala 39:21]
  assign _T_235 = _T_232[0]; // @[LZD.scala 39:30]
  assign _T_236 = ~ _T_235; // @[LZD.scala 39:27]
  assign _T_237 = _T_234 | _T_236; // @[LZD.scala 39:25]
  assign _T_238 = {_T_233,_T_237}; // @[Cat.scala 29:58]
  assign _T_239 = _T_231[1:0]; // @[LZD.scala 44:32]
  assign _T_240 = _T_239 != 2'h0; // @[LZD.scala 39:14]
  assign _T_241 = _T_239[1]; // @[LZD.scala 39:21]
  assign _T_242 = _T_239[0]; // @[LZD.scala 39:30]
  assign _T_243 = ~ _T_242; // @[LZD.scala 39:27]
  assign _T_244 = _T_241 | _T_243; // @[LZD.scala 39:25]
  assign _T_245 = {_T_240,_T_244}; // @[Cat.scala 29:58]
  assign _T_246 = _T_238[1]; // @[Shift.scala 12:21]
  assign _T_247 = _T_245[1]; // @[Shift.scala 12:21]
  assign _T_248 = _T_246 | _T_247; // @[LZD.scala 49:16]
  assign _T_249 = ~ _T_247; // @[LZD.scala 49:27]
  assign _T_250 = _T_246 | _T_249; // @[LZD.scala 49:25]
  assign _T_251 = _T_238[0:0]; // @[LZD.scala 49:47]
  assign _T_252 = _T_245[0:0]; // @[LZD.scala 49:59]
  assign _T_253 = _T_246 ? _T_251 : _T_252; // @[LZD.scala 49:35]
  assign _T_255 = {_T_248,_T_250,_T_253}; // @[Cat.scala 29:58]
  assign _T_256 = _T_230[1:0]; // @[LZD.scala 44:32]
  assign _T_257 = _T_256 != 2'h0; // @[LZD.scala 39:14]
  assign _T_258 = _T_256[1]; // @[LZD.scala 39:21]
  assign _T_259 = _T_256[0]; // @[LZD.scala 39:30]
  assign _T_260 = ~ _T_259; // @[LZD.scala 39:27]
  assign _T_261 = _T_258 | _T_260; // @[LZD.scala 39:25]
  assign _T_262 = {_T_257,_T_261}; // @[Cat.scala 29:58]
  assign _T_263 = _T_255[2]; // @[Shift.scala 12:21]
  assign _T_265 = _T_255[1:0]; // @[LZD.scala 55:32]
  assign _T_266 = _T_263 ? _T_265 : _T_262; // @[LZD.scala 55:20]
  assign _T_267 = {_T_263,_T_266}; // @[Cat.scala 29:58]
  assign _T_268 = _T_229[3]; // @[Shift.scala 12:21]
  assign _T_270 = _T_229[2:0]; // @[LZD.scala 55:32]
  assign _T_271 = _T_268 ? _T_270 : _T_267; // @[LZD.scala 55:20]
  assign _T_272 = {_T_268,_T_271}; // @[Cat.scala 29:58]
  assign _T_273 = ~ _T_272; // @[convert.scala 21:22]
  assign _T_274 = io_B[12:0]; // @[convert.scala 22:36]
  assign _T_275 = _T_273 < 4'hd; // @[Shift.scala 16:24]
  assign _T_277 = _T_273[3]; // @[Shift.scala 12:21]
  assign _T_278 = _T_274[4:0]; // @[Shift.scala 64:52]
  assign _T_280 = {_T_278,8'h0}; // @[Cat.scala 29:58]
  assign _T_281 = _T_277 ? _T_280 : _T_274; // @[Shift.scala 64:27]
  assign _T_282 = _T_273[2:0]; // @[Shift.scala 66:70]
  assign _T_283 = _T_282[2]; // @[Shift.scala 12:21]
  assign _T_284 = _T_281[8:0]; // @[Shift.scala 64:52]
  assign _T_286 = {_T_284,4'h0}; // @[Cat.scala 29:58]
  assign _T_287 = _T_283 ? _T_286 : _T_281; // @[Shift.scala 64:27]
  assign _T_288 = _T_282[1:0]; // @[Shift.scala 66:70]
  assign _T_289 = _T_288[1]; // @[Shift.scala 12:21]
  assign _T_290 = _T_287[10:0]; // @[Shift.scala 64:52]
  assign _T_292 = {_T_290,2'h0}; // @[Cat.scala 29:58]
  assign _T_293 = _T_289 ? _T_292 : _T_287; // @[Shift.scala 64:27]
  assign _T_294 = _T_288[0:0]; // @[Shift.scala 66:70]
  assign _T_296 = _T_293[11:0]; // @[Shift.scala 64:52]
  assign _T_297 = {_T_296,1'h0}; // @[Cat.scala 29:58]
  assign _T_298 = _T_294 ? _T_297 : _T_293; // @[Shift.scala 64:27]
  assign _T_299 = _T_275 ? _T_298 : 13'h0; // @[Shift.scala 16:10]
  assign _T_300 = _T_299[12:12]; // @[convert.scala 23:34]
  assign decB_fraction = _T_299[11:0]; // @[convert.scala 24:34]
  assign _T_302 = _T_165 == 1'h0; // @[convert.scala 25:26]
  assign _T_304 = _T_165 ? _T_273 : _T_272; // @[convert.scala 25:42]
  assign _T_307 = ~ _T_300; // @[convert.scala 26:67]
  assign _T_308 = _T_163 ? _T_307 : _T_300; // @[convert.scala 26:51]
  assign _T_309 = {_T_302,_T_304,_T_308}; // @[Cat.scala 29:58]
  assign _T_311 = io_B[14:0]; // @[convert.scala 29:56]
  assign _T_312 = _T_311 != 15'h0; // @[convert.scala 29:60]
  assign _T_313 = ~ _T_312; // @[convert.scala 29:41]
  assign decB_isNaR = _T_163 & _T_313; // @[convert.scala 29:39]
  assign _T_316 = _T_163 == 1'h0; // @[convert.scala 30:19]
  assign decB_isZero = _T_316 & _T_313; // @[convert.scala 30:41]
  assign decB_scale = $signed(_T_309); // @[convert.scala 32:24]
  assign _T_324 = ~ _T_1; // @[PositMultiplier.scala 43:34]
  assign _T_326 = {_T_1,_T_324,decA_fraction}; // @[Cat.scala 29:58]
  assign sigA = $signed(_T_326); // @[PositMultiplier.scala 43:61]
  assign _T_327 = ~ _T_163; // @[PositMultiplier.scala 44:34]
  assign _T_329 = {_T_163,_T_327,decB_fraction}; // @[Cat.scala 29:58]
  assign sigB = $signed(_T_329); // @[PositMultiplier.scala 44:61]
  assign _T_330 = $signed(sigA) * $signed(sigB); // @[PositMultiplier.scala 45:25]
  assign sigP = $unsigned(_T_330); // @[PositMultiplier.scala 45:33]
  assign head2 = sigP[27:26]; // @[PositMultiplier.scala 46:28]
  assign _T_331 = head2[1]; // @[PositMultiplier.scala 47:31]
  assign _T_332 = ~ _T_331; // @[PositMultiplier.scala 47:25]
  assign _T_333 = head2[0]; // @[PositMultiplier.scala 47:42]
  assign addTwo = _T_332 & _T_333; // @[PositMultiplier.scala 47:35]
  assign _T_334 = sigP[27]; // @[PositMultiplier.scala 49:23]
  assign _T_335 = sigP[25]; // @[PositMultiplier.scala 49:49]
  assign addOne = _T_334 ^ _T_335; // @[PositMultiplier.scala 49:43]
  assign _T_336 = {addTwo,addOne}; // @[Cat.scala 29:58]
  assign expBias = {1'b0,$signed(_T_336)}; // @[PositMultiplier.scala 50:39]
  assign _T_337 = sigP[24:0]; // @[PositMultiplier.scala 53:81]
  assign _T_338 = sigP[23:0]; // @[PositMultiplier.scala 54:81]
  assign _T_339 = {_T_338, 1'h0}; // @[PositMultiplier.scala 54:104]
  assign frac = addOne ? _T_337 : _T_339; // @[PositMultiplier.scala 51:22]
  assign _T_340 = $signed(decA_scale) + $signed(decB_scale); // @[PositMultiplier.scala 56:30]
  assign _GEN_0 = {{4{expBias[2]}},expBias}; // @[PositMultiplier.scala 56:44]
  assign _T_342 = $signed(_T_340) + $signed(_GEN_0); // @[PositMultiplier.scala 56:44]
  assign mulScale = $signed(_T_342); // @[PositMultiplier.scala 56:44]
  assign underflow = $signed(mulScale) < $signed(-7'sh1c); // @[PositMultiplier.scala 57:28]
  assign overflow = $signed(mulScale) > $signed(7'sh1c); // @[PositMultiplier.scala 58:28]
  assign decM_sign = sigP[27:27]; // @[PositMultiplier.scala 62:29]
  assign _T_345 = underflow ? $signed(-7'sh1c) : $signed(mulScale); // @[Mux.scala 87:16]
  assign _T_346 = overflow ? $signed(7'sh1c) : $signed(_T_345); // @[Mux.scala 87:16]
  assign decM_fraction = frac[24:13]; // @[PositMultiplier.scala 70:29]
  assign decM_isNaR = decA_isNaR | decB_isNaR; // @[PositMultiplier.scala 71:31]
  assign decM_isZero = decA_isZero | decB_isZero; // @[PositMultiplier.scala 72:32]
  assign grsTmp = frac[12:0]; // @[PositMultiplier.scala 75:30]
  assign _T_350 = grsTmp[12:11]; // @[PositMultiplier.scala 78:32]
  assign _T_351 = grsTmp[10:0]; // @[PositMultiplier.scala 78:48]
  assign _T_352 = _T_351 != 11'h0; // @[PositMultiplier.scala 78:52]
  assign _GEN_1 = _T_346[5:0]; // @[PositMultiplier.scala 60:23 PositMultiplier.scala 63:17]
  assign decM_scale = $signed(_GEN_1); // @[PositMultiplier.scala 60:23 PositMultiplier.scala 63:17]
  assign _T_355 = decM_scale[0]; // @[convert.scala 46:61]
  assign _T_356 = ~ _T_355; // @[convert.scala 46:52]
  assign _T_358 = decM_sign ? _T_356 : _T_355; // @[convert.scala 46:42]
  assign _T_359 = decM_scale[5:1]; // @[convert.scala 48:34]
  assign _T_360 = _T_359[4:4]; // @[convert.scala 49:36]
  assign _T_362 = ~ _T_359; // @[convert.scala 50:36]
  assign _T_363 = $signed(_T_362); // @[convert.scala 50:36]
  assign _T_364 = _T_360 ? $signed(_T_363) : $signed(_T_359); // @[convert.scala 50:28]
  assign _T_365 = _T_360 ^ decM_sign; // @[convert.scala 51:31]
  assign _T_366 = ~ _T_365; // @[convert.scala 52:43]
  assign _T_370 = {_T_366,_T_365,_T_358,decM_fraction,_T_350,_T_352}; // @[Cat.scala 29:58]
  assign _T_371 = $unsigned(_T_364); // @[Shift.scala 39:17]
  assign _T_372 = _T_371 < 5'h12; // @[Shift.scala 39:24]
  assign _T_374 = _T_370[17:16]; // @[Shift.scala 90:30]
  assign _T_375 = _T_370[15:0]; // @[Shift.scala 90:48]
  assign _T_376 = _T_375 != 16'h0; // @[Shift.scala 90:57]
  assign _GEN_2 = {{1'd0}, _T_376}; // @[Shift.scala 90:39]
  assign _T_377 = _T_374 | _GEN_2; // @[Shift.scala 90:39]
  assign _T_378 = _T_371[4]; // @[Shift.scala 12:21]
  assign _T_379 = _T_370[17]; // @[Shift.scala 12:21]
  assign _T_381 = _T_379 ? 16'hffff : 16'h0; // @[Bitwise.scala 71:12]
  assign _T_382 = {_T_381,_T_377}; // @[Cat.scala 29:58]
  assign _T_383 = _T_378 ? _T_382 : _T_370; // @[Shift.scala 91:22]
  assign _T_384 = _T_371[3:0]; // @[Shift.scala 92:77]
  assign _T_385 = _T_383[17:8]; // @[Shift.scala 90:30]
  assign _T_386 = _T_383[7:0]; // @[Shift.scala 90:48]
  assign _T_387 = _T_386 != 8'h0; // @[Shift.scala 90:57]
  assign _GEN_3 = {{9'd0}, _T_387}; // @[Shift.scala 90:39]
  assign _T_388 = _T_385 | _GEN_3; // @[Shift.scala 90:39]
  assign _T_389 = _T_384[3]; // @[Shift.scala 12:21]
  assign _T_390 = _T_383[17]; // @[Shift.scala 12:21]
  assign _T_392 = _T_390 ? 8'hff : 8'h0; // @[Bitwise.scala 71:12]
  assign _T_393 = {_T_392,_T_388}; // @[Cat.scala 29:58]
  assign _T_394 = _T_389 ? _T_393 : _T_383; // @[Shift.scala 91:22]
  assign _T_395 = _T_384[2:0]; // @[Shift.scala 92:77]
  assign _T_396 = _T_394[17:4]; // @[Shift.scala 90:30]
  assign _T_397 = _T_394[3:0]; // @[Shift.scala 90:48]
  assign _T_398 = _T_397 != 4'h0; // @[Shift.scala 90:57]
  assign _GEN_4 = {{13'd0}, _T_398}; // @[Shift.scala 90:39]
  assign _T_399 = _T_396 | _GEN_4; // @[Shift.scala 90:39]
  assign _T_400 = _T_395[2]; // @[Shift.scala 12:21]
  assign _T_401 = _T_394[17]; // @[Shift.scala 12:21]
  assign _T_403 = _T_401 ? 4'hf : 4'h0; // @[Bitwise.scala 71:12]
  assign _T_404 = {_T_403,_T_399}; // @[Cat.scala 29:58]
  assign _T_405 = _T_400 ? _T_404 : _T_394; // @[Shift.scala 91:22]
  assign _T_406 = _T_395[1:0]; // @[Shift.scala 92:77]
  assign _T_407 = _T_405[17:2]; // @[Shift.scala 90:30]
  assign _T_408 = _T_405[1:0]; // @[Shift.scala 90:48]
  assign _T_409 = _T_408 != 2'h0; // @[Shift.scala 90:57]
  assign _GEN_5 = {{15'd0}, _T_409}; // @[Shift.scala 90:39]
  assign _T_410 = _T_407 | _GEN_5; // @[Shift.scala 90:39]
  assign _T_411 = _T_406[1]; // @[Shift.scala 12:21]
  assign _T_412 = _T_405[17]; // @[Shift.scala 12:21]
  assign _T_414 = _T_412 ? 2'h3 : 2'h0; // @[Bitwise.scala 71:12]
  assign _T_415 = {_T_414,_T_410}; // @[Cat.scala 29:58]
  assign _T_416 = _T_411 ? _T_415 : _T_405; // @[Shift.scala 91:22]
  assign _T_417 = _T_406[0:0]; // @[Shift.scala 92:77]
  assign _T_418 = _T_416[17:1]; // @[Shift.scala 90:30]
  assign _T_419 = _T_416[0:0]; // @[Shift.scala 90:48]
  assign _GEN_6 = {{16'd0}, _T_419}; // @[Shift.scala 90:39]
  assign _T_421 = _T_418 | _GEN_6; // @[Shift.scala 90:39]
  assign _T_423 = _T_416[17]; // @[Shift.scala 12:21]
  assign _T_424 = {_T_423,_T_421}; // @[Cat.scala 29:58]
  assign _T_425 = _T_417 ? _T_424 : _T_416; // @[Shift.scala 91:22]
  assign _T_428 = _T_379 ? 18'h3ffff : 18'h0; // @[Bitwise.scala 71:12]
  assign _T_429 = _T_372 ? _T_425 : _T_428; // @[Shift.scala 39:10]
  assign _T_430 = _T_429[3]; // @[convert.scala 55:31]
  assign _T_431 = _T_429[2]; // @[convert.scala 56:31]
  assign _T_432 = _T_429[1]; // @[convert.scala 57:31]
  assign _T_433 = _T_429[0]; // @[convert.scala 58:31]
  assign _T_434 = _T_429[17:3]; // @[convert.scala 59:69]
  assign _T_435 = _T_434 != 15'h0; // @[convert.scala 59:81]
  assign _T_436 = ~ _T_435; // @[convert.scala 59:50]
  assign _T_438 = _T_434 == 15'h7fff; // @[convert.scala 60:81]
  assign _T_439 = _T_430 | _T_432; // @[convert.scala 61:44]
  assign _T_440 = _T_439 | _T_433; // @[convert.scala 61:52]
  assign _T_441 = _T_431 & _T_440; // @[convert.scala 61:36]
  assign _T_442 = ~ _T_438; // @[convert.scala 62:63]
  assign _T_443 = _T_442 & _T_441; // @[convert.scala 62:103]
  assign _T_444 = _T_436 | _T_443; // @[convert.scala 62:60]
  assign _GEN_7 = {{14'd0}, _T_444}; // @[convert.scala 63:56]
  assign _T_447 = _T_434 + _GEN_7; // @[convert.scala 63:56]
  assign _T_448 = {decM_sign,_T_447}; // @[Cat.scala 29:58]
  assign _T_450 = decM_isZero ? 16'h0 : _T_448; // @[Mux.scala 87:16]
  assign io_M = decM_isNaR ? 16'h8000 : _T_450; // @[PositMultiplier.scala 86:8]
endmodule